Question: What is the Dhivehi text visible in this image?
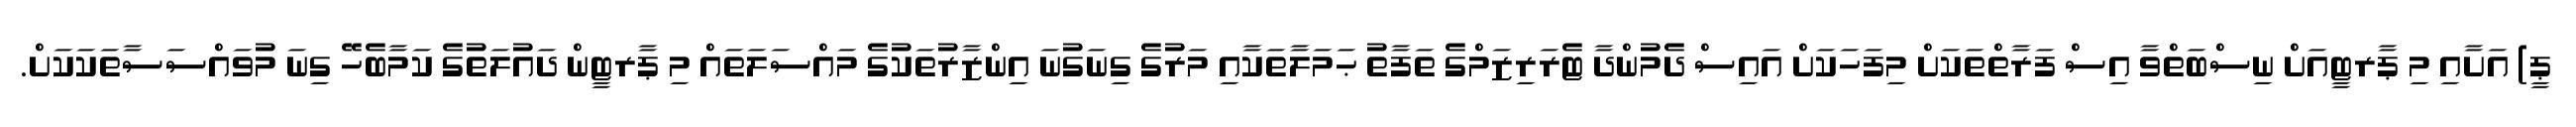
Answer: ޕީ) އަށާއި މި ޕާރޓީއަށް ނިސްބަތްވާ އިސް ފަރާތްތަކަށް މިފަހަކަށް އައިސް ދެމުންދާ ޓެރަރިޒަމްގެ ތަފާތު ޙަމަލާތަކާއި މަރުގެ ގިނަގުނަ އިންޒާރުތަކުގެ މައްސަލަތައް މި ޕާރޓީން ދައުލަތުގެ ކަމާބެހޭ ގިނަ މުވައްސަސާތަކަކަށް.